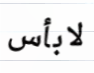
لابأس